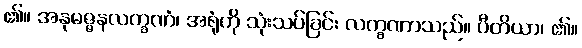
၏။ အနုမဇ္ဇနလက္ခဏံ၊ အရုံကို သုံးသပ်ခြင်း လက္ခဏာသည်။ ပီတိယာ၊ ၏။